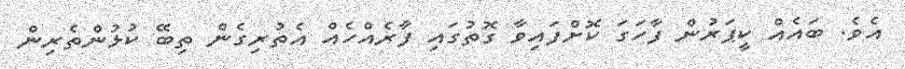
އެވެ. ބައެއް ކީޕަރުން ފާހަގަ ކޮށްފައިވާ ގޮތުގައި ފާރެއްހެއް އެތުރިގެން ތިބޭ ކުޅުންތެރިން